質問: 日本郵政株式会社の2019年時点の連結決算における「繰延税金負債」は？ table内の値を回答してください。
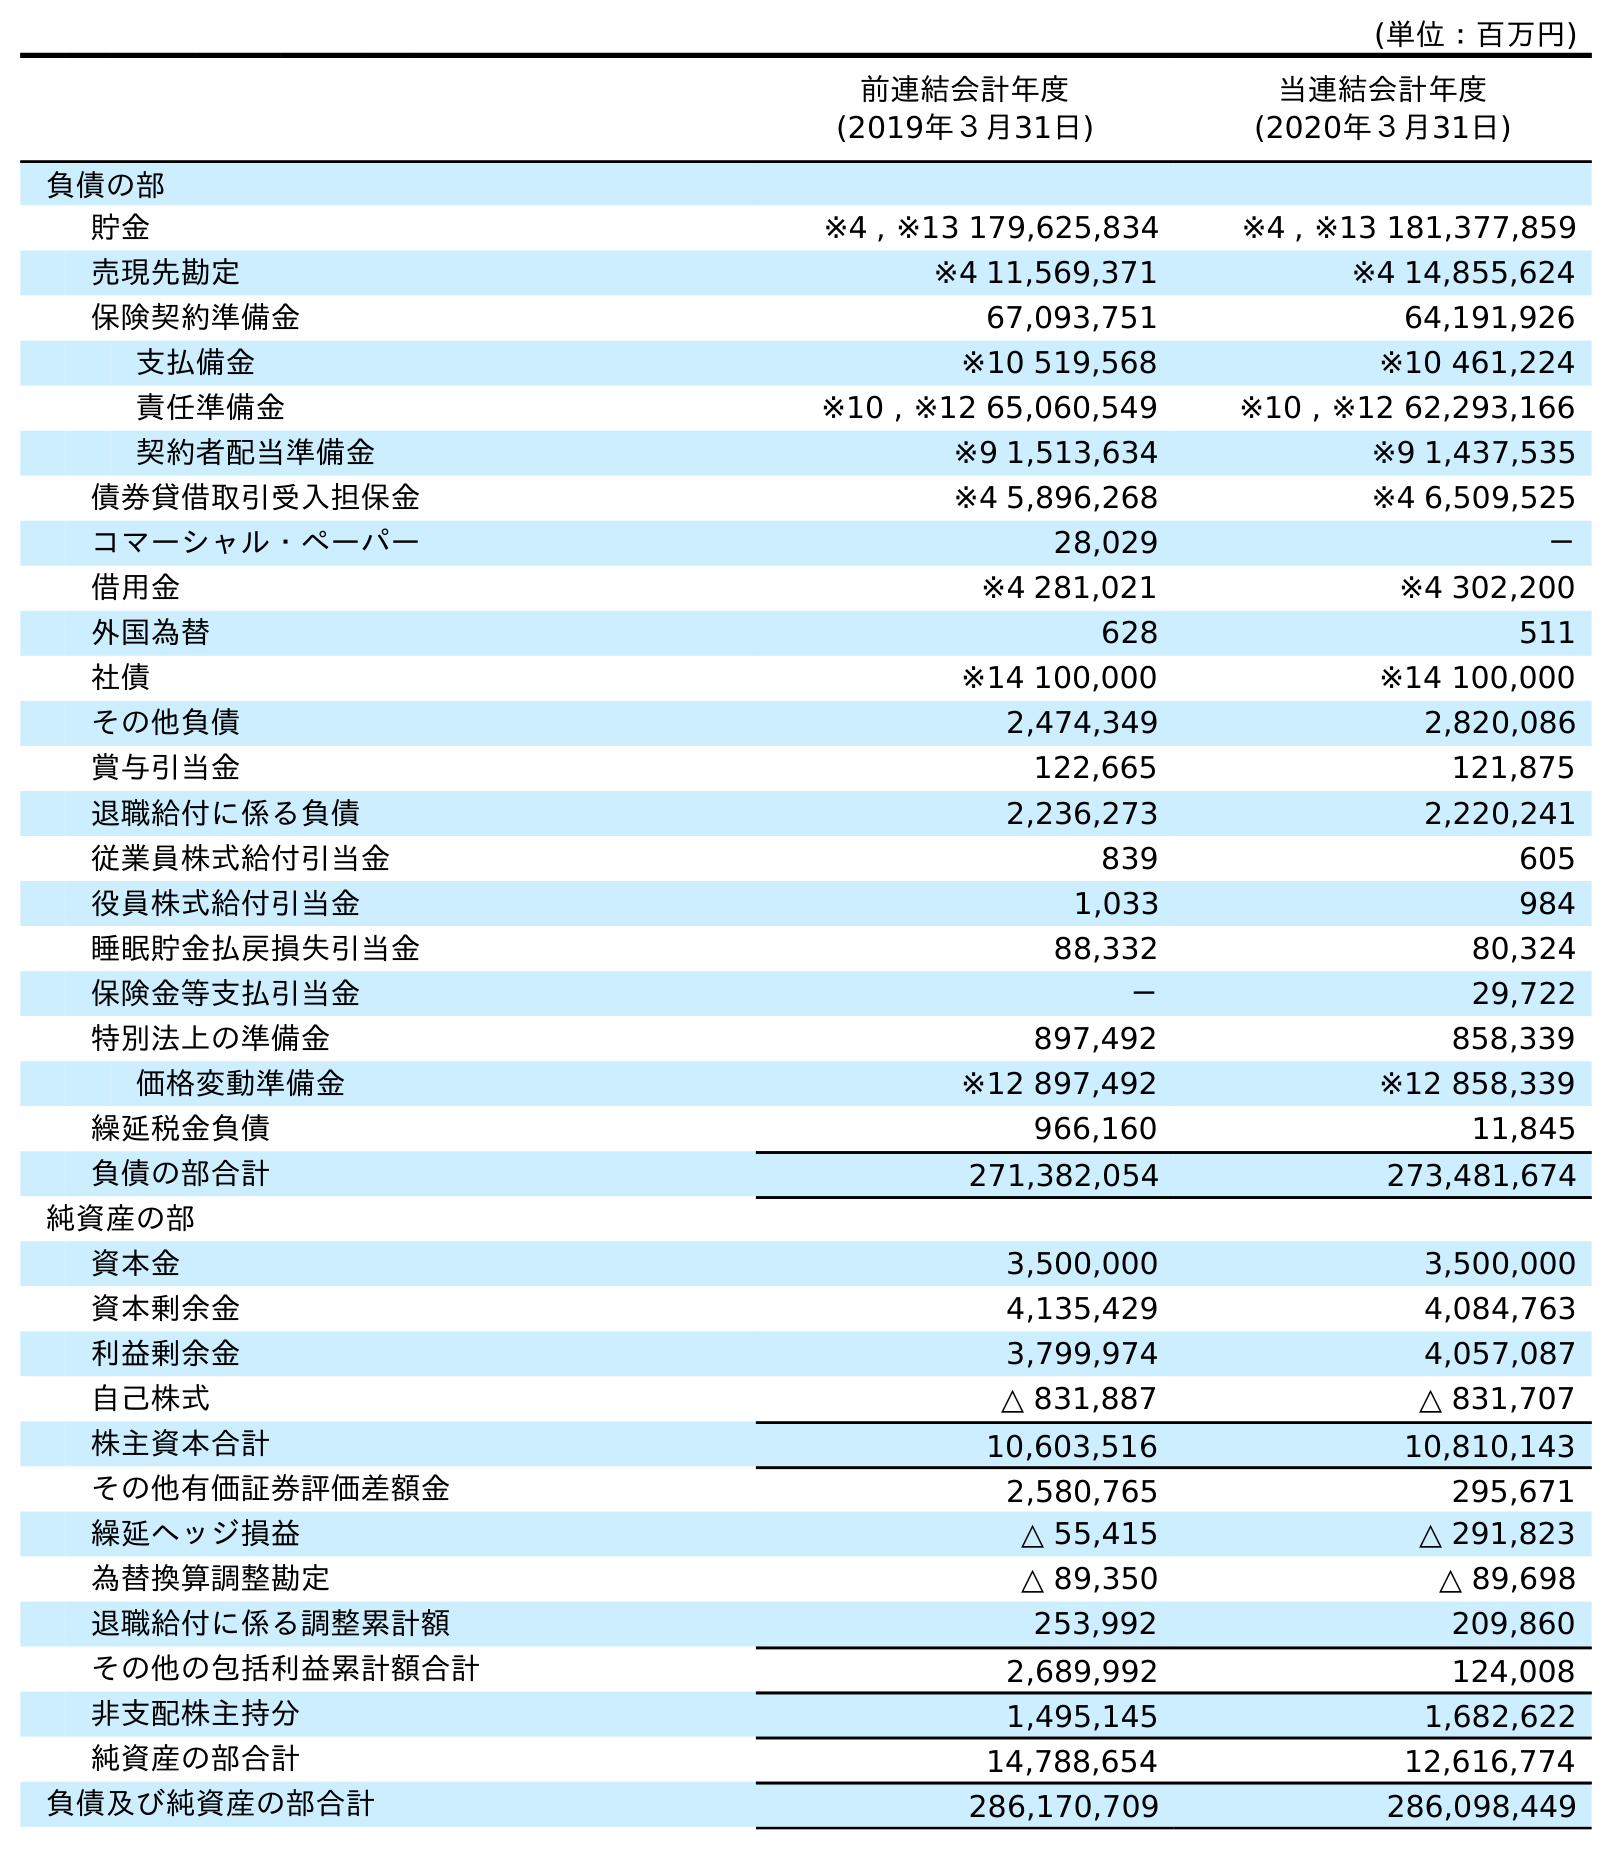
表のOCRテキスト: (単位：百万円) 前連結会計年度 (2019年３月31日) 当連結会計年度 (2020年３月31日) 負債の部 貯金 ※4 , ※13 179,625,834 ※4 , ※13 181,377,859 売現先勘定 ※4 11,569,371 ※4 14,855,624 保険契約準備金 67,093,751 64,191,926 支払備金 ※10 519,568 ※10 461,224 責任準備金 ※10 , ※12 65,060,549 ※10 , ※12 62,293,166 契約者配当準備金 ※9 1,513,634 ※9 1,437,535 債券貸借取引受入担保金 ※4 5,896,268 ※4 6,509,525 コマーシャル・ペーパー 28,029 － 借用金 ※4 281,021 ※4 302,200 外国為替 628 511 社債 ※14 100,000 ※14 100,000 その他負債 2,474,349 2,820,086 賞与引当金 122,665 121,875 退職給付に係る負債 2,236,273 2,220,241 従業員株式給付引当金 839 605 役員株式給付引当金 1,033 984 睡眠貯金払戻損失引当金 88,332 80,324 保険金等支払引当金 － 29,722 特別法上の準備金 897,492 858,339 価格変動準備金 ※12 897,492 ※12 858,339 繰延税金負債 966,160 11,845 負債の部合計 271,382,054 273,481,674 純資産の部 資本金 3,500,000 3,500,000 資本剰余金 4,135,429 4,084,763 利益剰余金 3,799,974 4,057,087 自己株式 △ 831,887 △ 831,707 株主資本合計 10,603,516 10,810,143 その他有価証券評価差額金 2,580,765 295,671 繰延ヘッジ損益 △ 55,415 △ 291,823 為替換算調整勘定 △ 89,350 △ 89,698 退職給付に係る調整累計額 253,992 209,860 その他の包括利益累計額合計 2,689,992 124,008 非支配株主持分 1,495,145 1,682,622 純資産の部合計 14,788,654 12,616,774 負債及び純資産の部合計 286,170,709 286,098,449
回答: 966,160